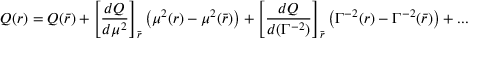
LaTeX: Q ( r ) = Q ( \bar { r } ) + \left[ { \frac { d Q } { d \mu ^ { 2 } } } \right] _ { \bar { r } } \left( \mu ^ { 2 } ( r ) - \mu ^ { 2 } ( \bar { r } ) \right) + \left[ { \frac { d Q } { d ( \Gamma ^ { - 2 } ) } } \right] _ { \bar { r } } \left( \Gamma ^ { - 2 } ( r ) - \Gamma ^ { - 2 } ( \bar { r } ) \right) + . . .